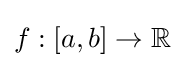
f:[a,b]\rightarrow \mathbb {R}